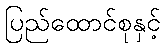
ပြည်ထောင်စုနှင့်